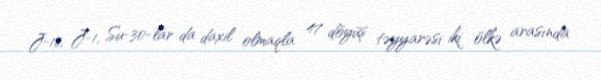
J-16, J-1, Su-30-lar da daxil olmaqla 47 döyüş təyyarəsi iki ölkə arasında